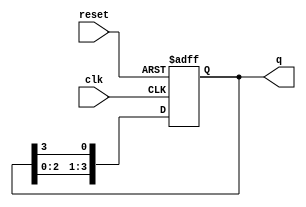
module ring_counter (
    input wire clk,         // Clock input
    input wire reset,       // Asynchronous reset
    output reg [3:0] q      // 4-bit output
);

// Initial state
initial begin
    q = 4'b0001;           // Initialize to 0001
end

// Always block triggered on the rising edge of the clock or reset
always @(posedge clk or posedge reset) begin
    if (reset) begin
        q <= 4'b0001;      // Reset to initial state
    end else begin
        // Shift the '1' to the left, wrapping around
        q <= {q[2:0], q[3]}; // Shift left and wrap the last bit to the first
    end
end

endmodule